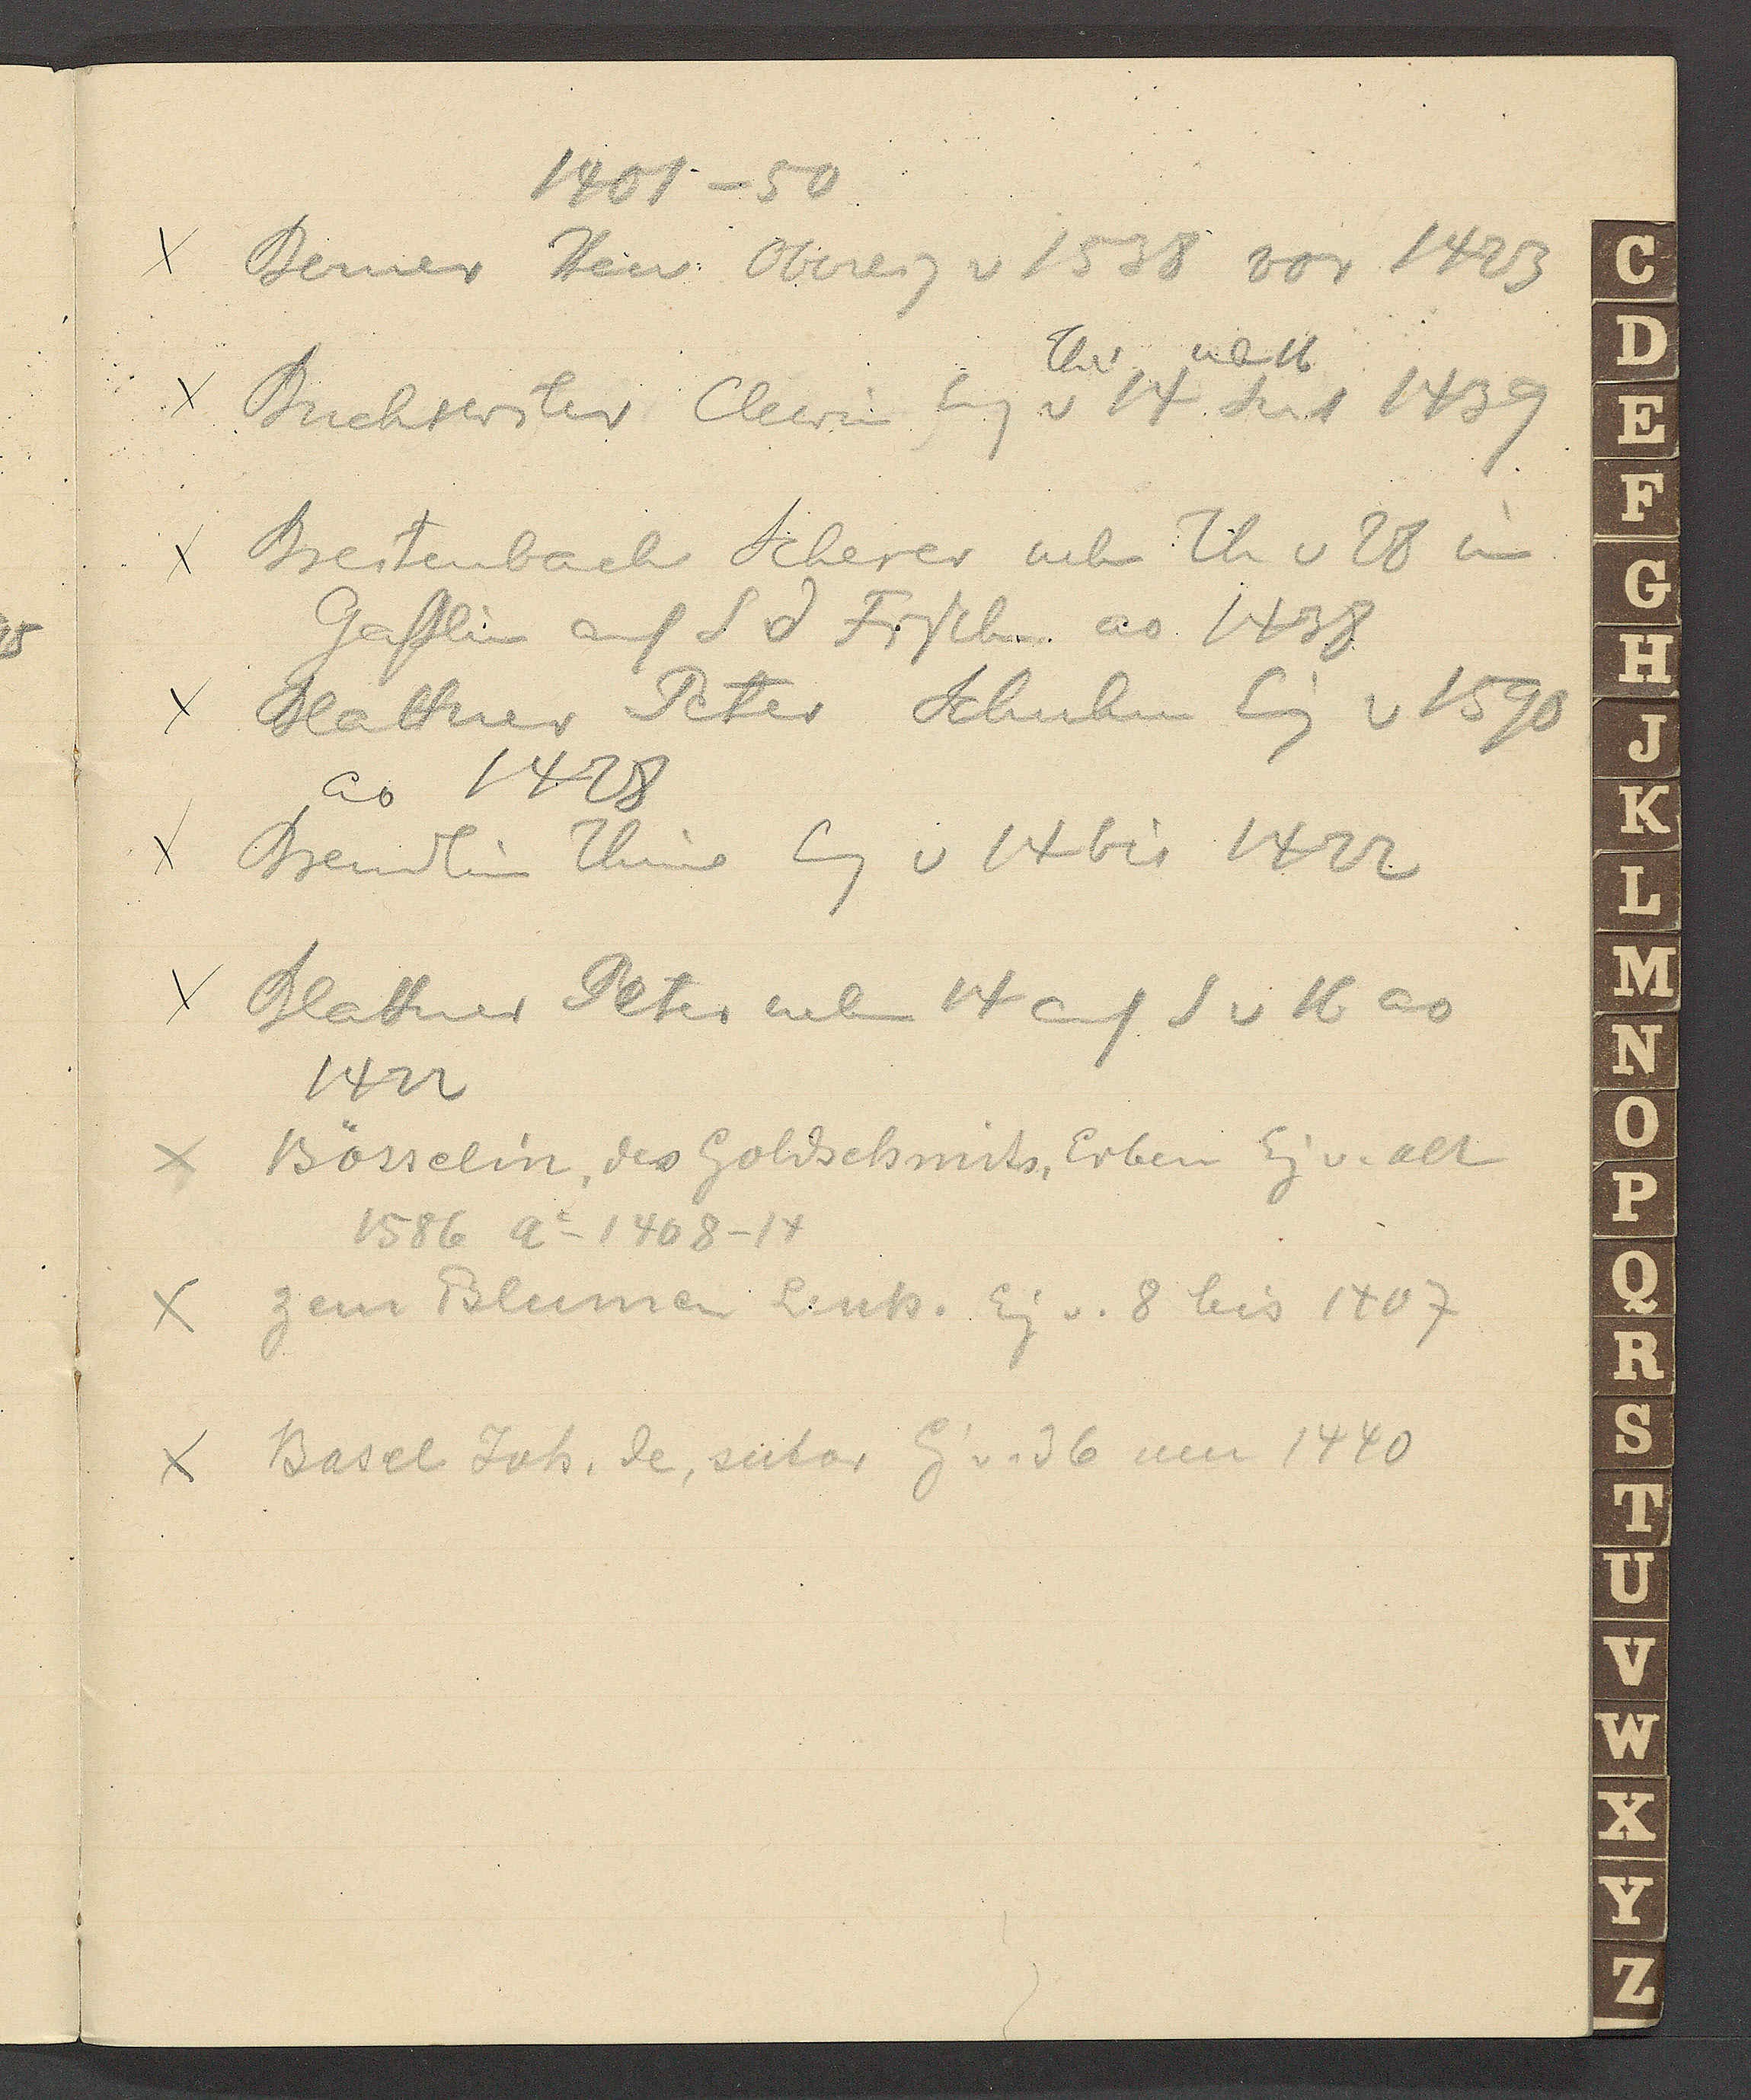
Transcript:
1401 – 50
Berner Hein Obereig v 1538 vor 1423
Th v
nb 16
Buchswiler Clewin Eig v 14 seit 1439
Breitenbach Scherer neben Th v 28 im
Gasslin auf S d Fischer ao 1438
Blattner Peter Schuhm Eig v 1590
ao 1428
Brendlin Thine Eg v 14 bis 1422
Blattner Peter neben 14 auf S v 16 ao
1422
Bösselin, des Goldschmits, Erben Eig v. alt
1586 Ao 1408-14
zem Blumen Linh. Eig v. 8 bis 1407
Basel Joh. de, sutor Eig v. 36 um 1440